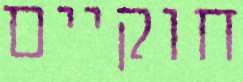
חוקיים